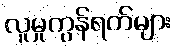
လူမှုကွန်ရက်များ